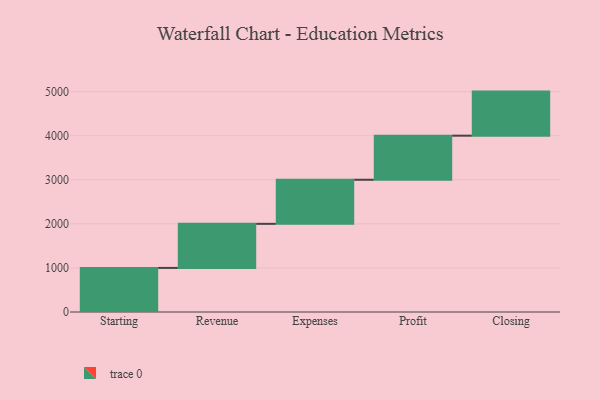
{"axis": {"x": "Step", "y": "Value"}, "legend": [""], "data": [{"x": "Starting", "y": 1000, "type": ""}, {"x": "Revenue", "y": 1000, "type": ""}, {"x": "Expenses", "y": 1000, "type": ""}, {"x": "Profit", "y": 1000, "type": ""}, {"x": "Closing", "y": 1000, "type": ""}]}